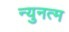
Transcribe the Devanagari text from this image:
न्युनत्म